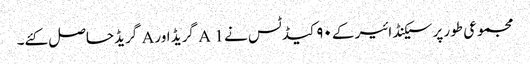
مجموعی طور پر سیکنڈ ائیر کے ۹۰ کیڈ ٹس نے A 1 گریڈ اور A گریڈحاصل کئے۔